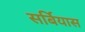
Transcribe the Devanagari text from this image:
सर्बियास